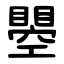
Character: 瞾